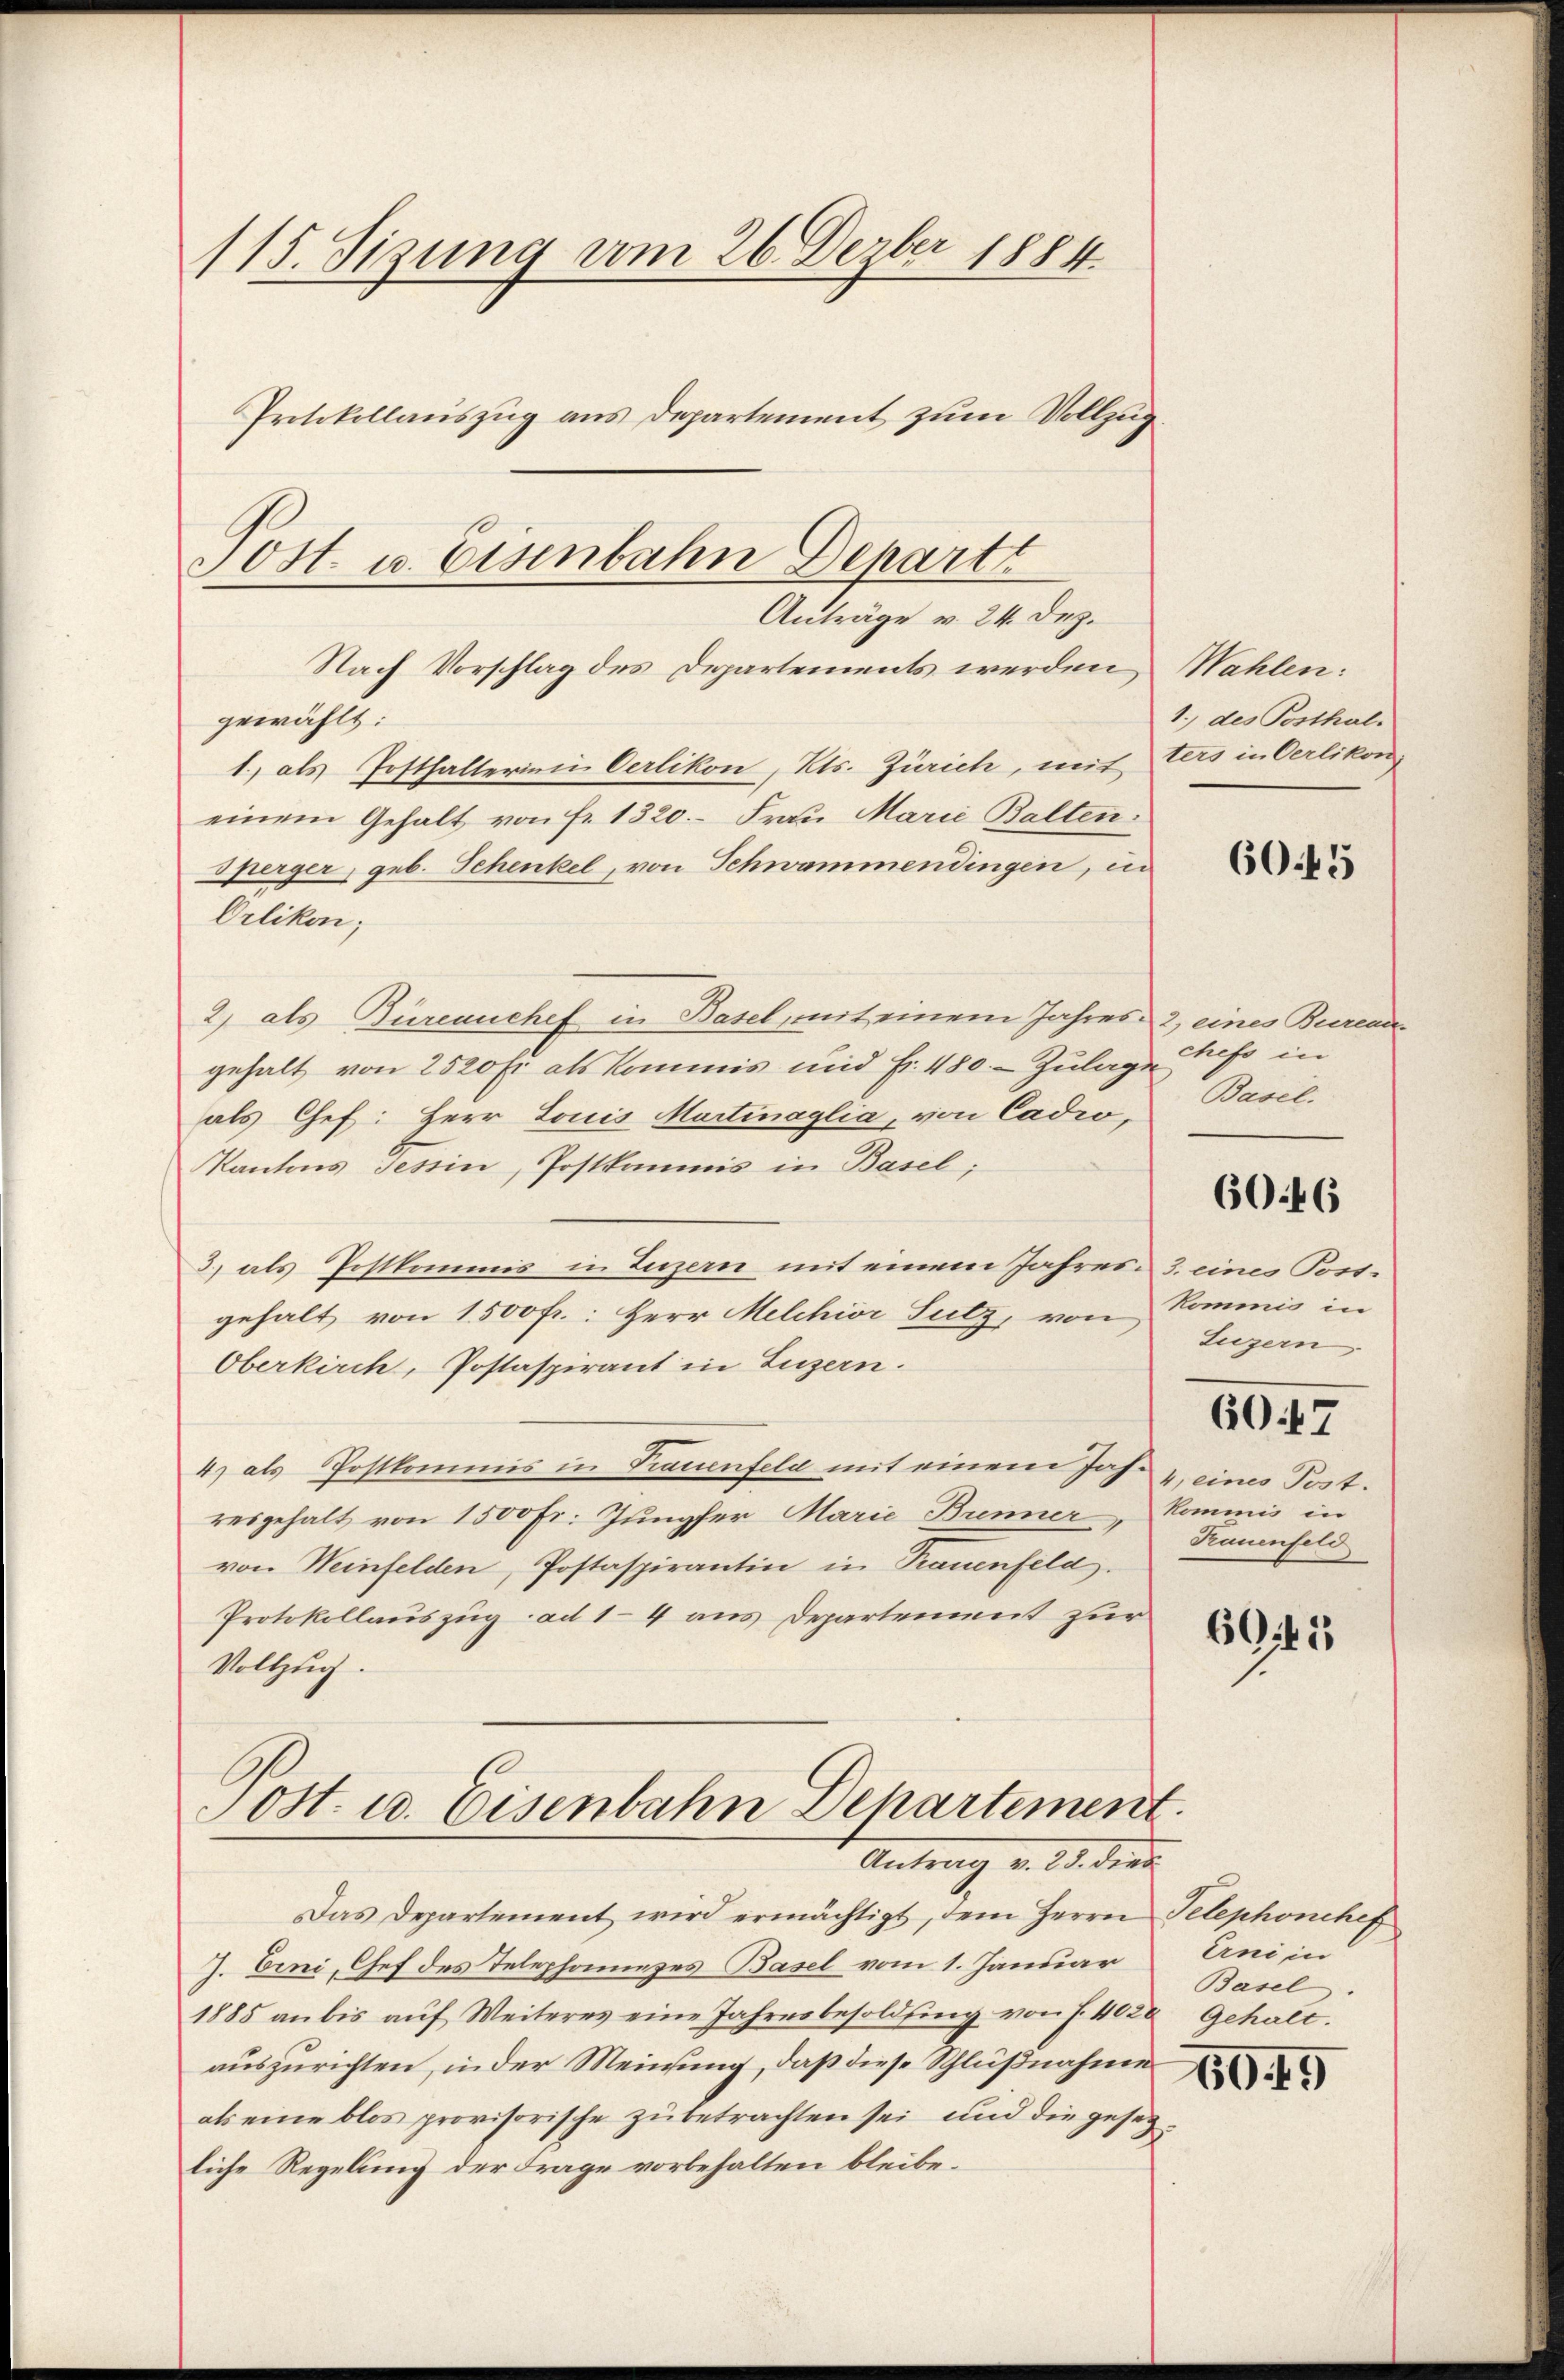
115. Sizung vom 26. Dezber 1884
Protokollauszug aus Departement zum Vollzug.

Sost. u. Eisenbahn Depart
Anträge v. 24. Dez.
Nach Vorschlag des Departements werden Wahlen:

gewählt:
1., als Posthalterini Oerlikon, Kts. Zürich, mit ters in Oerlikon
einem Gehalt von Fr. 1320. Frau Marie Balten.
sperger, geb. Schenkel, von Schwammendingen, in
Orlikon;
2) als Büreauchef in Basel, mit einem Jahres 2, eines Burea
gehalt von 2520 fr als Kommis und Fr. 480. - Zulage
als Chef: Herr Louis Martinaglia, von Cadio,
Kantons Tessin, Postkommis in Basel;
3) als Postkommis in Luzern mit einem Jahres 3. eines Poss-
gehalt von 1500 fr.: Herr Melchior Sutz, von
Oberkirch, Postaspirant in Luzern.
4) als Postkommis in Frauenfeld mit einem Joh. u. eines Post.
resgehalt von 1500 Fr. Jungfer Marie Brenner
von Weinfelden, Postaspirantin in Trauenfeld.
Protokollauszug ad 14 aus Departement zur
Vollzug.

ost. u. Eisenbahn Departement.
Antrag v. 21. dies

1.) des Posthal¬

Das Departement wird ermächtigt, dem Herrn Telephonchef
J. Eini, Chef des Telephonnezes-Basel vom 1. Januar
1885 an bis aŭf Weiteres eine Jahresbesoldung von f. 4028 Gehalt.
auszurichten, in der Meinung, daß diese Schlußnahme
als eine blos provisorische zu betrachten sei und die gesetzliche Regelung der Frage vorbehalten bleibe.

60.45

chefs in
Basel.

6046

kommis in
Luzern

6047

kommis in
Kauenfeld

6Giti

Erni in
Basel

60. 19